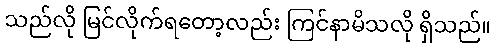
သည်လို မြင်လိုက်ရတော့လည်း ကြင်နာမိသလို ရှိသည်။